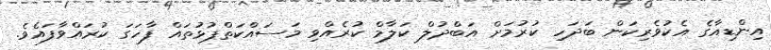
އިންޑިއާގެ އެކުވެރިކަން ބަދަހި ކުރުމަށް އަބްދުލް ކަލާމް ކުރެއްވި މަސައްކަތްޕުޅުތައް ފާހަގަ ކުރައްވާފައެވެ.